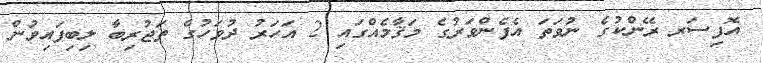
އޮފިސަރ ރޭންކުގެ ނުވަތަ އެފެންވަރުގެ މަޤާމެއްގައި 2 އަހަރު ދުވަހުގެ ތަޖުރިބާ ލިބިފައިވުން